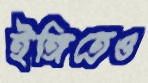
ইঙ্গিতেও